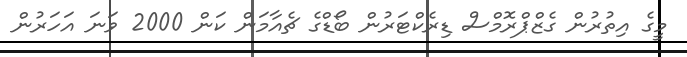
މީގެ އިތުރުން ގެޒްޕްރޮމްސް ޑިރެކްޓަރުން ބޯޑްގެ ޗެއާމަން ކަން 2000 ވަނަ އަހަރުން